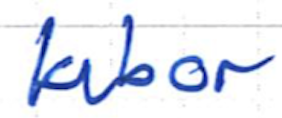
Text: labor
Cross-out: clean
Writing tool: ballpoint